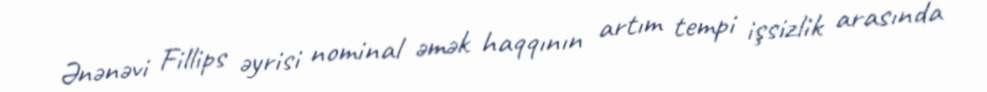
Ənənəvi Fillips əyrisi nominal əmək haqqının artım tempi işsizlik arasında